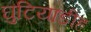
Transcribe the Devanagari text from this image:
घुटियाडीह